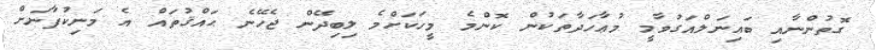
ގޮތުންނާއި ބައިނަލްއަގުވާމީ މުޢާހަދާތަކުން ކޮންމެ މީހަކަށްމެ ލިބިދޭން ޖެހޭނެ ޙައްޤުތައް އެ މަނިކުފާނަށް